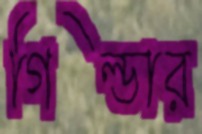
গিল্ডার